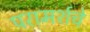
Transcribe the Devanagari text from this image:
परामर्शचे